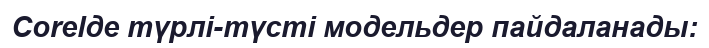
Сorelде түрлі-түсті модельдер пайдаланады: